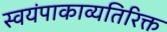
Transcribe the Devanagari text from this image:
स्वयंपाकाव्यतिरिक्त